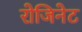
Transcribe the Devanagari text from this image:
रोजिनेट